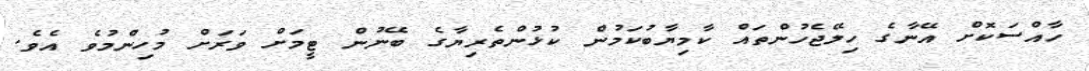
ހާއްސަކޮށް އޭނާގެ ހިލޭޖެހުންތައް ކާމިޔާބުކަމުން ކުޅުންތެރިޔާގެ ބޭނުން ޓީމަށް ވަރަށް މުހިންމުވެ އެވެ.